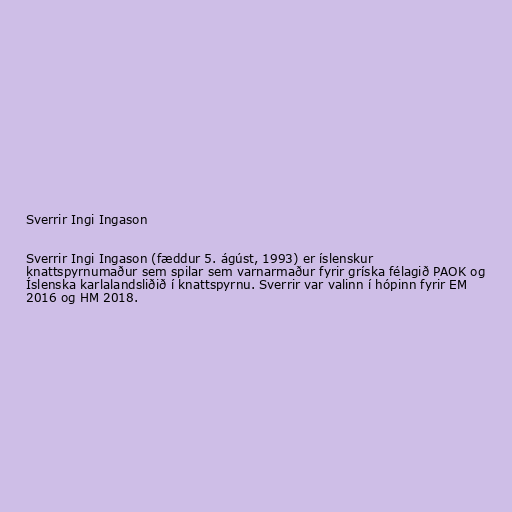
Sverrir Ingi Ingason

Sverrir Ingi Ingason (fæddur 5. ágúst, 1993) er íslenskur
knattspyrnumaður sem spilar sem varnarmaður fyrir gríska félagið PAOK og
Íslenska karlalandsliðið í knattspyrnu. Sverrir var valinn í hópinn fyrir EM
2016 og HM 2018.